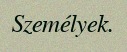
Személyek.